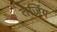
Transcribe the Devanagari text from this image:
तेजिंग